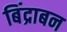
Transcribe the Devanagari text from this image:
बिंद्राबन